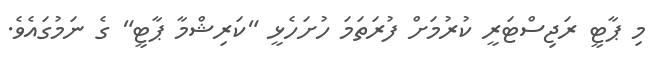
މި ޕާޓީ ރަޖިސްޓަރީ ކުރުމަށް ފުރަތަމަ ހުށަހެޅީ "ކަރިޝްމާ ޕާޓީ" ގެ ނަމުގައެވެ.